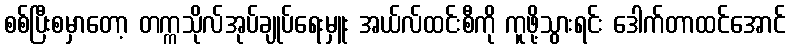
စစ်ပြီးစမှာတော့ တက္ကသိုလ်အုပ်ချုပ်ရေးမှူး အယ်လ်ထင်းစီကို ကူဖို့သွားရင်း ဒေါက်တာထင်အောင်